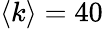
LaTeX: \langle k\rangle=40